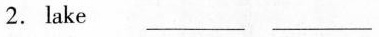
2. lake ___ ___